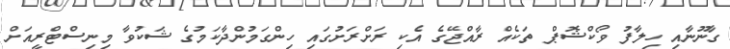
ގާނޫނާއި ހިލާފު ވޯކްޝޮޕް ތަކެއް ރާއްޖޭގެ އެކި ރަށްރަށުގައި ހިންގަމުންދާކަމުގެ ޝަކުވާ މިނިސްޓްރީއަށް